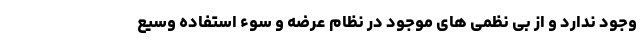
وجود ندارد و از بی نظمی های موجود در نظام عرضه و سوء استفاده وسیع